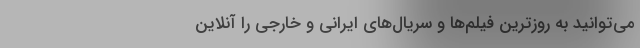
می‌توانید به روزترین فیلم‌ها و سریال‌های ایرانی و خارجی را آنلاین